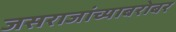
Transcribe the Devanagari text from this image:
जसराजांच्याबरोबर